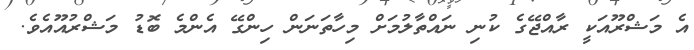
އެ މަޝްރޫއަކީ ރާއްޖޭގެ ކުނި ނައްތާލުމަށް މިހާތަނަން ހިންގޭ އެންމެ ބޮޑު މަޝްރުއޫއެވެ.